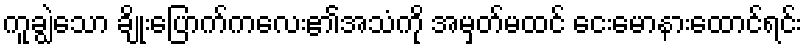
ကူချွဲသော ချိုးပြောက်ကလေး၏အသံကို အမှတ်မထင် ငေးမောနားထောင်ရင်း